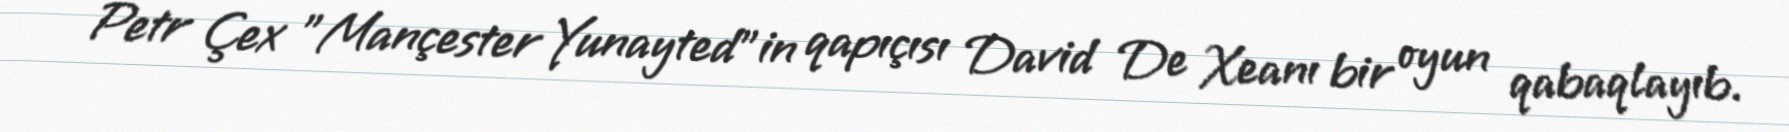
Petr Çex "Mançester Yunayted"in qapıçısı David De Xeanı bir oyun qabaqlayıb.